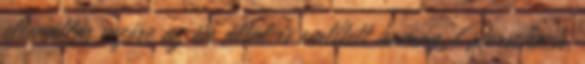
ellenállás vezére az ön által is említett humán, Rorschach,